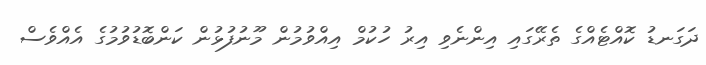
ދަގަނޑު ކޮއްޓެއްގެ ތެރޭގައި އިންނެވި އިރު ހުކުމް އިއްވުމުން މޫނުފުޅުން ކަންބޮޑުވުމުގެ އެއްވެސް